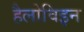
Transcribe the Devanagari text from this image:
हैलोविइन